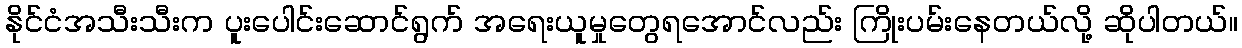
နိုင်ငံအသီးသီးက ပူးပေါင်းဆောင်ရွက် အရေးယူမှုတွေရအောင်လည်း ကြိုးပမ်းနေတယ်လို့ ဆိုပါတယ်။